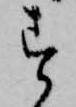
す